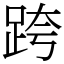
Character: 跨